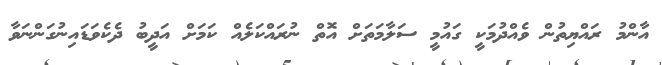
އާންމު ރައްޔިތުން ވެއްދުމަކީ ގައުމީ ސަލާމަތަށް އޮތް ނުރައްކަލެއް ކަމަށް އަދީބު ދެކެވަޑައިނުގަންނަވާ